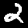
Digit: 2